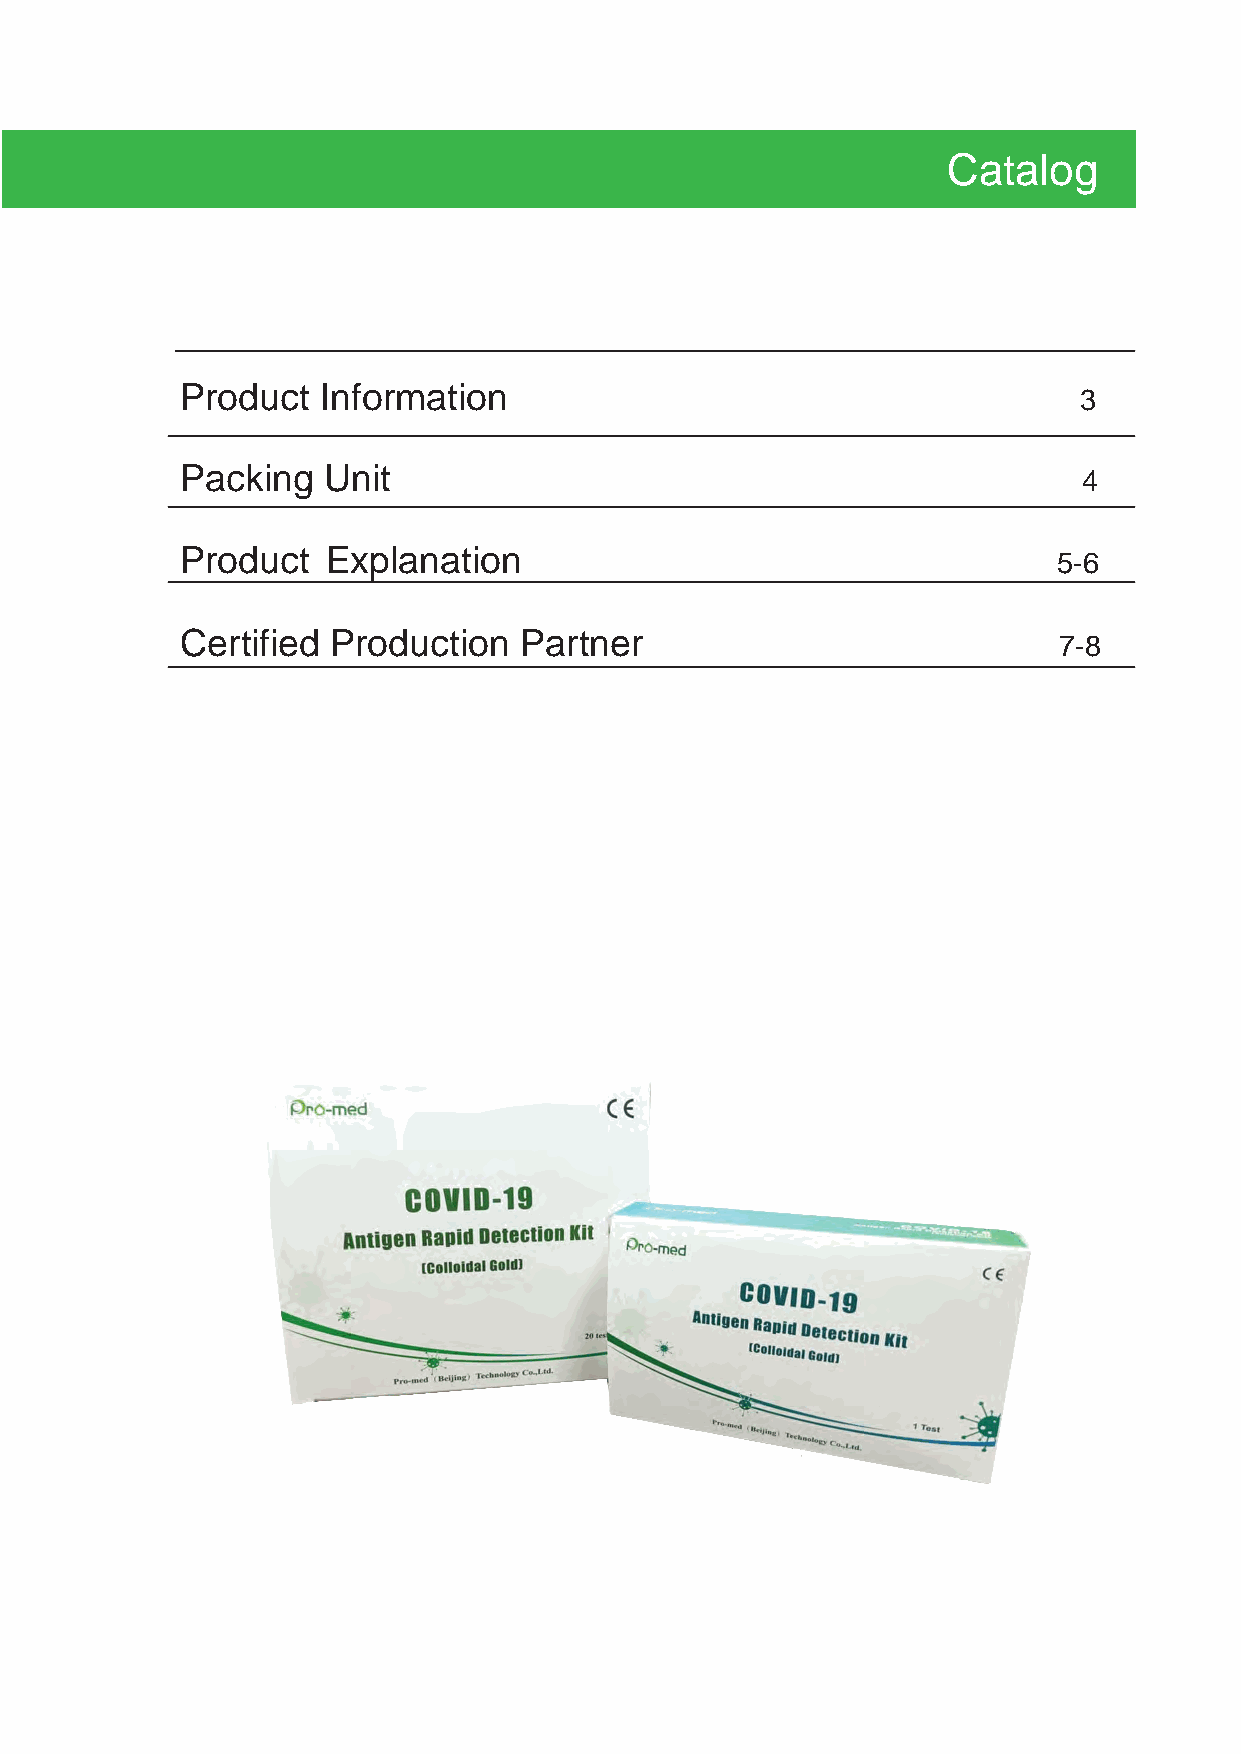
Catalog
 Product  Information                                       3
 Packing  Unit                                               4
 Product   Explanation                                     5-6
 Certified Production  Partner                             7-8
 SEIF CHECKING